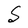
Character: S